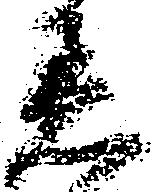
着